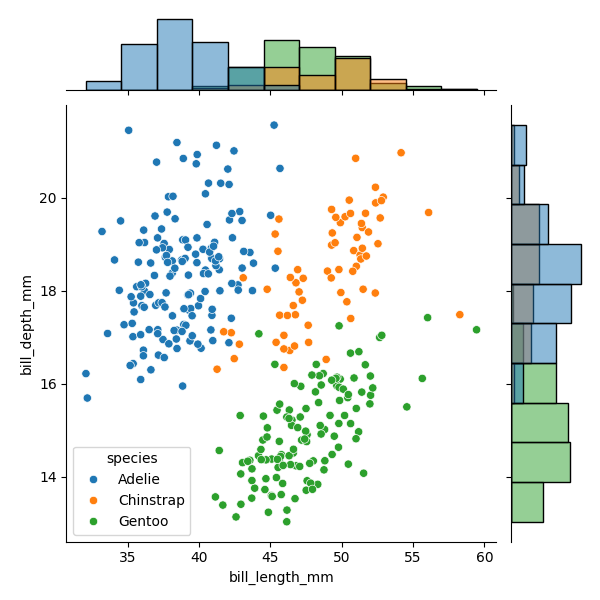
python, seaborn, JointGrid, scatterplot, histplot, hue